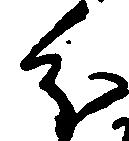
分